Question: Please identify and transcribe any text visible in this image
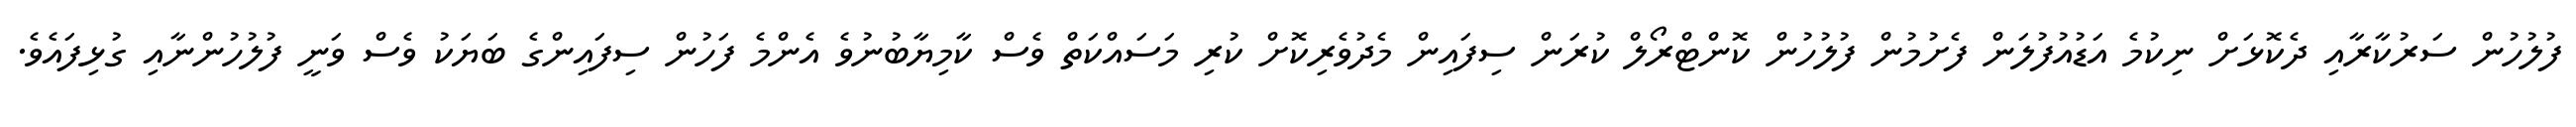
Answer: ފުލުހުން ސަރުކާރާއި ދެކޮޅަށް ނިކުމެ އަޑުއުފުލަން ފެށުމުން ފުލުހުން ކޮންޓްރޯލް ކުރަން ސިފައިން މެދުވެރިކޮށް ކުރި މަސައްކަތް ވެސް ކާމިޔާބުނުވެ އެންމެ ފަހުން ސިފައިންގެ ބަޔަކު ވެސް ވަނީ ފުލުހުންނާއި ގުޅިފައެވެ.